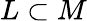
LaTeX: L\subset M